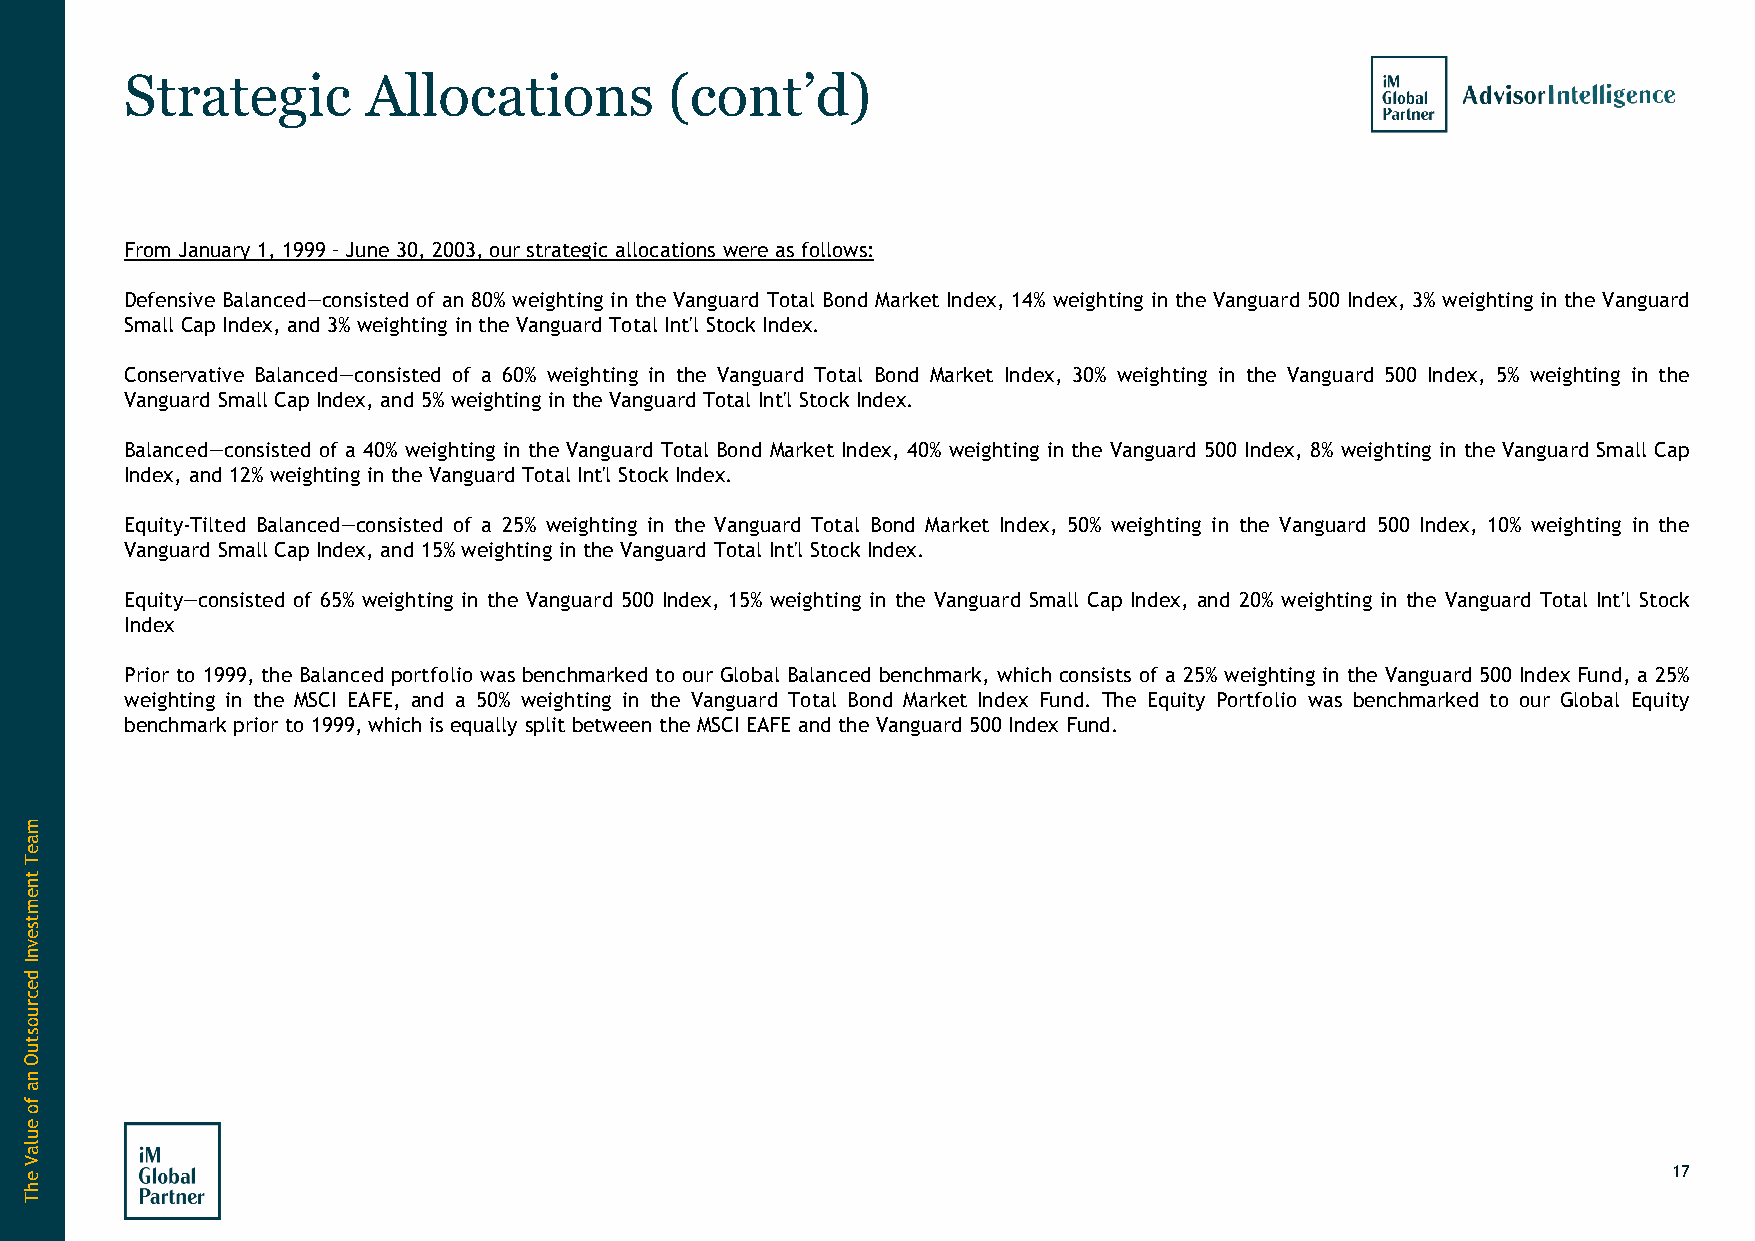
Strategic       Allocations         (cont’d)
 From January 1,1999–June 30,2003,our strategic allocations were asfollows:
 Defensive Balanced—consisted of an 80% weighting in the Vanguard Total Bond Market Index, 14% weighting in the Vanguard 500 Index, 3% weighting in the Vanguard
 Small Cap Index, and 3% weighting in the Vanguard TotalInt'l Stock Index.
 Conservative Balanced—consisted of a 60% weighting in the Vanguard Total Bond Market Index, 30% weighting in the Vanguard 500 Index, 5% weighting in the
 Vanguard Small Cap Index, and 5% weighting in the Vanguard TotalInt'l Stock Index.
 Balanced—consisted of a 40% weighting in the Vanguard Total Bond Market Index, 40% weighting in the Vanguard 500 Index, 8% weighting in the Vanguard Small Cap
 Index, and 12%weighting in the Vanguard TotalInt'l Stock Index.
 Equity-Tilted Balanced—consisted of a 25% weighting in the Vanguard Total Bond Market Index, 50% weighting in the Vanguard 500 Index, 10% weighting in the
 Vanguard Small Cap Index, and 15% weighting inthe Vanguard Total Int'l Stock Index.
 Equity—consisted of 65% weighting in the Vanguard 500 Index, 15% weighting in the Vanguard Small Cap Index, and 20% weighting in the Vanguard Total Int'l Stock
 Index
 Prior to 1999, the Balanced portfolio was benchmarked to our Global Balanced benchmark, which consists of a 25% weighting in the Vanguard 500 Index Fund, a 25%
 weighting in the MSCI EAFE, and a 50% weighting in the Vanguard Total Bond Market Index Fund. The Equity Portfolio was benchmarked to our Global Equity
 benchmark prior to 1999,which isequally split between the MSCIEAFE and the Vanguard 500Index Fund.
 17
 maeT
 tnemtsevnI
 decruostuO
 na
 fo
 eulaV
 ehT